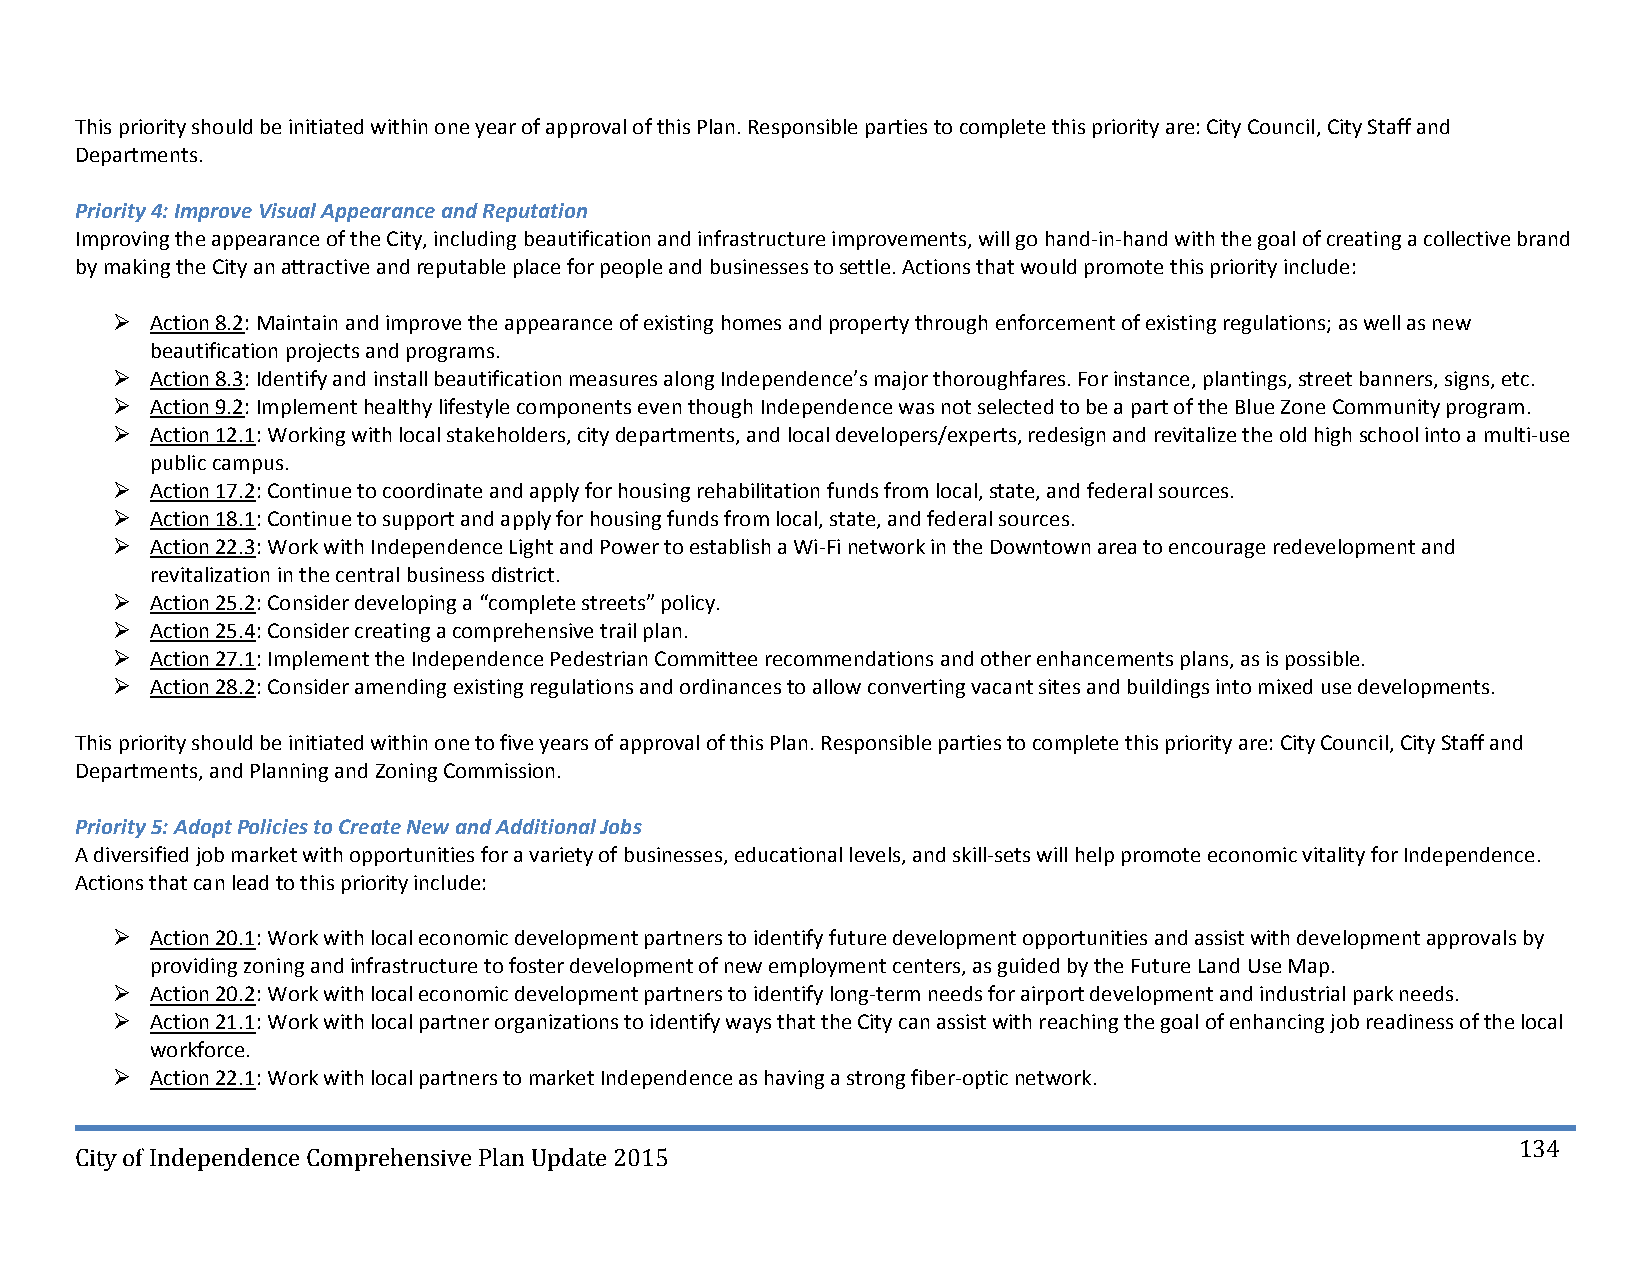
This priority should be initiated within one year of approval of this Plan. Responsible parties to complete this priority are: City Council, City Staff and
 Departments.
 Priority 4: Improve Visual Appearance and Reputation
 Improving the appearance of the City, including beautification and infrastructure improvements, will go hand‐in‐hand with the goal of creating a collective brand
 by making the City an attractive and reputable place for people and businesses to settle. Actions that would promote this priority include:
   Action 8.2: Maintain and improve the appearance of existing homes and property through enforcement of existing regulations; as well as new
 beautification projects and programs.
   Action 8.3: Identify and install beautification measures along Independence’s major thoroughfares. For instance, plantings, street banners, signs, etc.
   Action 9.2: Implement healthy lifestyle components even though Independence was not selected to be a part of the Blue Zone Community program.
   Action 12.1: Working with local stakeholders, city departments, and local developers/experts, redesign and revitalize the old high school into a multi‐use
 public campus.
   Action 17.2: Continue to coordinate and apply for housing rehabilitation funds from local, state, and federal sources.
   Action 18.1: Continue to support and apply for housing funds from local, state, and federal sources.
   Action 22.3: Work with Independence Light and Power to establish a Wi‐Fi network in the Downtown area to encourage redevelopment and
 revitalization in the central business district.
   Action 25.2: Consider developing a “complete streets” policy.
   Action 25.4: Consider creating a comprehensive trail plan.
   Action 27.1: Implement the Independence Pedestrian Committee recommendations and other enhancements plans, as is possible.
   Action 28.2: Consider amending existing regulations and ordinances to allow converting vacant sites and buildings into mixed use developments.
 This priority should be initiated within one to five years of approval of this Plan. Responsible parties to complete this priority are: City Council, City Staff and
 Departments, and Planning and Zoning Commission.
 Priority 5: Adopt Policies to Create New and Additional Jobs
 A diversified job market with opportunities for a variety of businesses, educational levels, and skill‐sets will help promote economic vitality for Independence.
 Actions that can lead to this priority include:
   Action 20.1: Work with local economic development partners to identify future development opportunities and assist with development approvals by
 providing zoning and infrastructure to foster development of new employment centers, as guided by the Future Land Use Map.
   Action 20.2: Work with local economic development partners to identify long‐term needs for airport development and industrial park needs.
   Action 21.1: Work with local partner organizations to identify ways that the City can assist with reaching the goal of enhancing job readiness of the local
 workforce.
   Action 22.1: Work with local partners to market Independence as having a strong fiber‐optic network.
 134
 City of Independence Comprehensive Plan Update 2015